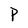
Character: P